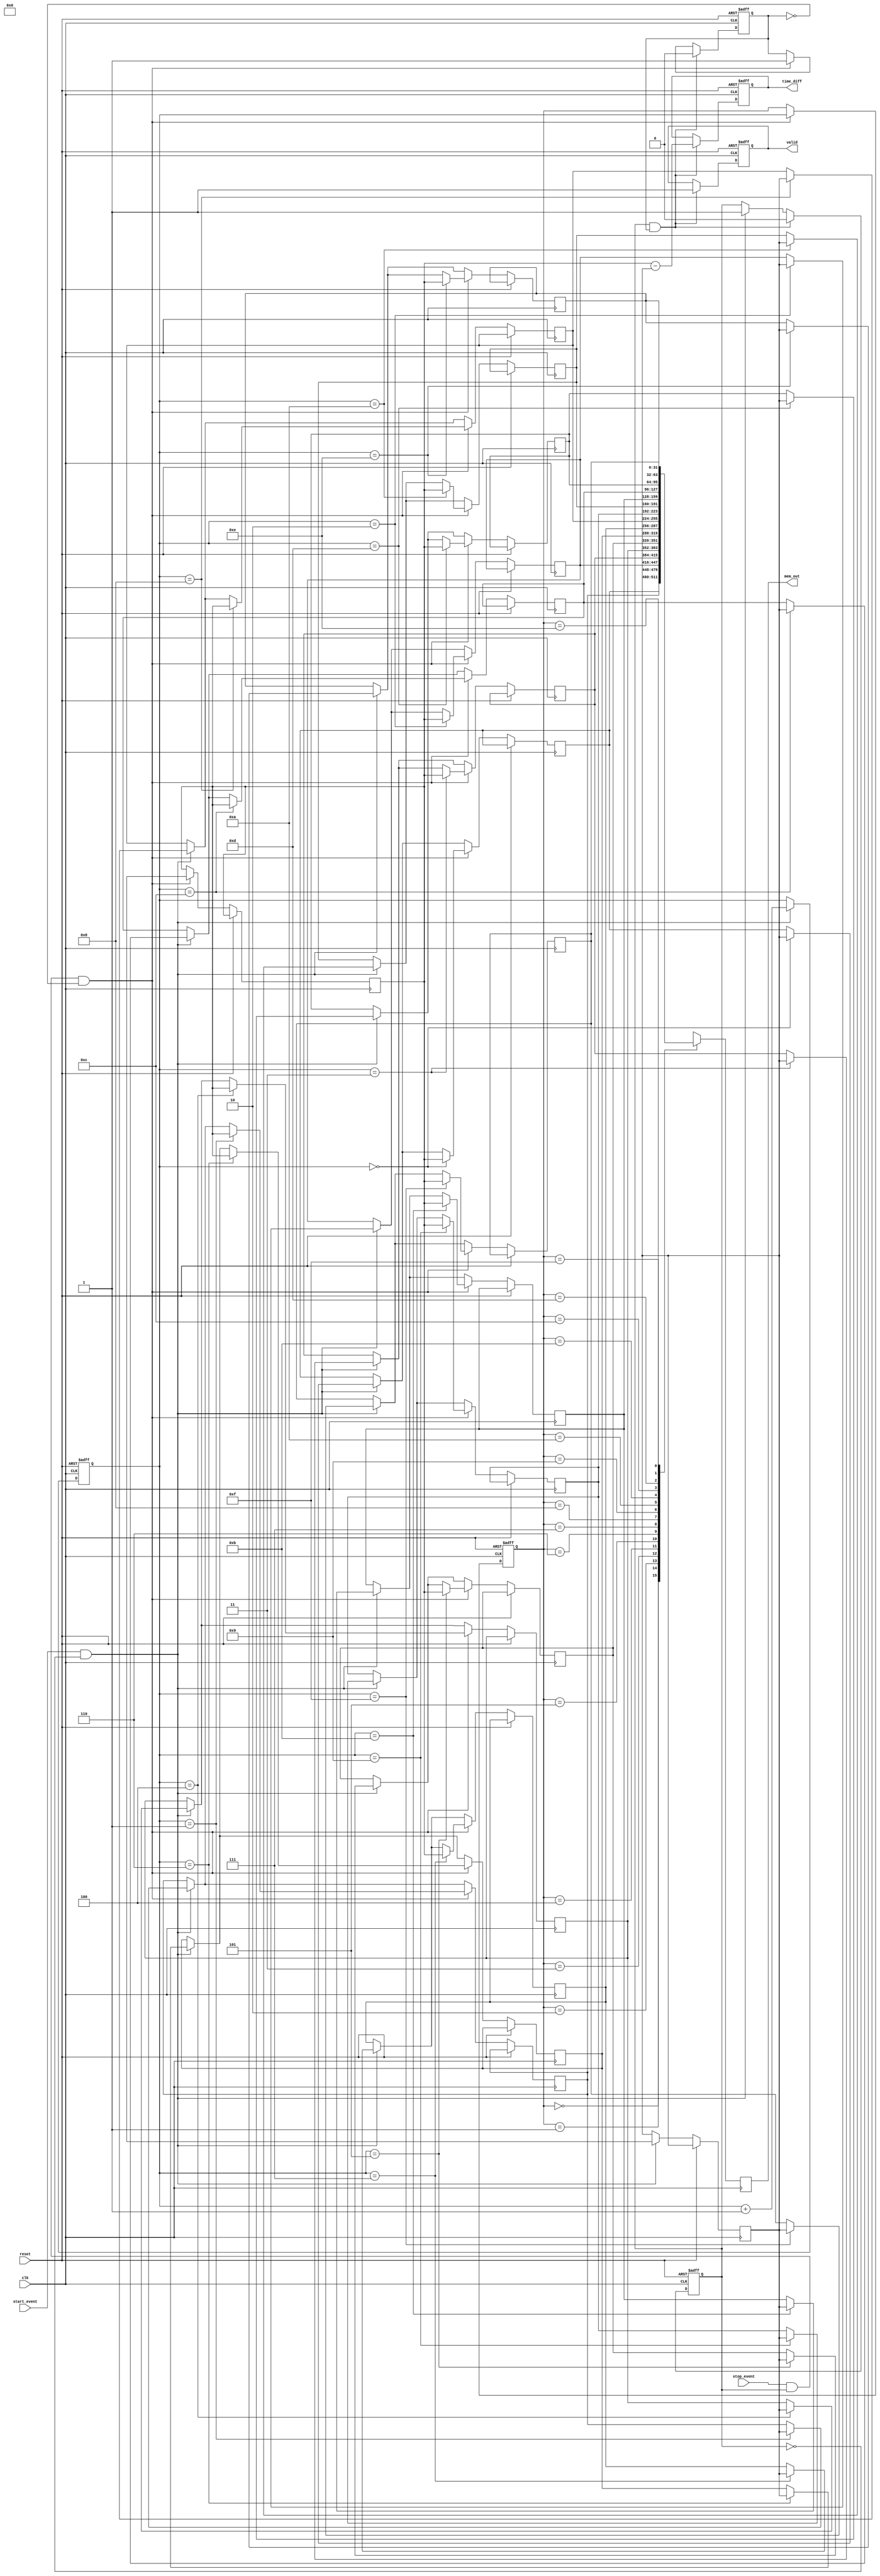
module MemoryBlocksHybridTDC (
    input wire clk,              // High-frequency clock
    input wire reset,            // Reset signal
    input wire start_event,      // Start event signal
    input wire stop_event,       // Stop event signal
    output reg [31:0] time_diff, // Time difference output
    output reg valid,            // Valid output signal
    output reg [31:0] mem_out    // Memory output for debugging
);

    // Parameters
    localparam MEM_SIZE = 16; // Size of the memory array
    localparam ADDR_WIDTH = 4; // Address width for memory

    // Memory array for timestamps
    reg [31:0] timestamp_mem [0:MEM_SIZE-1];
    reg [ADDR_WIDTH-1:0] write_addr;
    reg [ADDR_WIDTH-1:0] read_addr;
    reg start_captured;
    reg stop_captured;
    reg [31:0] start_timestamp;
    reg [31:0] stop_timestamp;

    // Event Capture Logic
    always @(posedge clk or posedge reset) begin
        if (reset) begin
            write_addr <= 0;
            read_addr <= 0;
            start_captured <= 0;
            stop_captured <= 0;
            valid <= 0;
            time_diff <= 0;
        end else begin
            // Capture start event
            if (start_event && !start_captured) begin
                start_timestamp <= $time; // Capture current timestamp
                timestamp_mem[write_addr] <= start_timestamp; // Store in memory
                start_captured <= 1;
                write_addr <= write_addr + 1;
            end

            // Capture stop event
            if (stop_event && start_captured && !stop_captured) begin
                stop_timestamp <= $time; // Capture current timestamp
                timestamp_mem[write_addr] <= stop_timestamp; // Store in memory
                stop_captured <= 1;
                read_addr <= write_addr; // Point to the last written address
            end

            // Calculate time difference
            if (start_captured && stop_captured) begin
                time_diff <= stop_timestamp - start_timestamp; // Calculate time difference
                valid <= 1; // Set valid signal
                start_captured <= 0; // Reset for next measurement
                stop_captured <= 0;
            end
        end
    end

    // Memory Output Logic
    always @(posedge clk) begin
        mem_out <= timestamp_mem[read_addr]; // Output the last captured timestamp for debugging
    end

endmodule